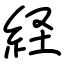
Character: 経